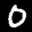
Label: 0